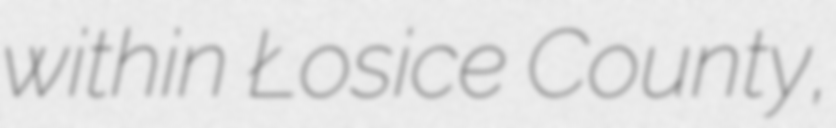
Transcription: within Łosice County,